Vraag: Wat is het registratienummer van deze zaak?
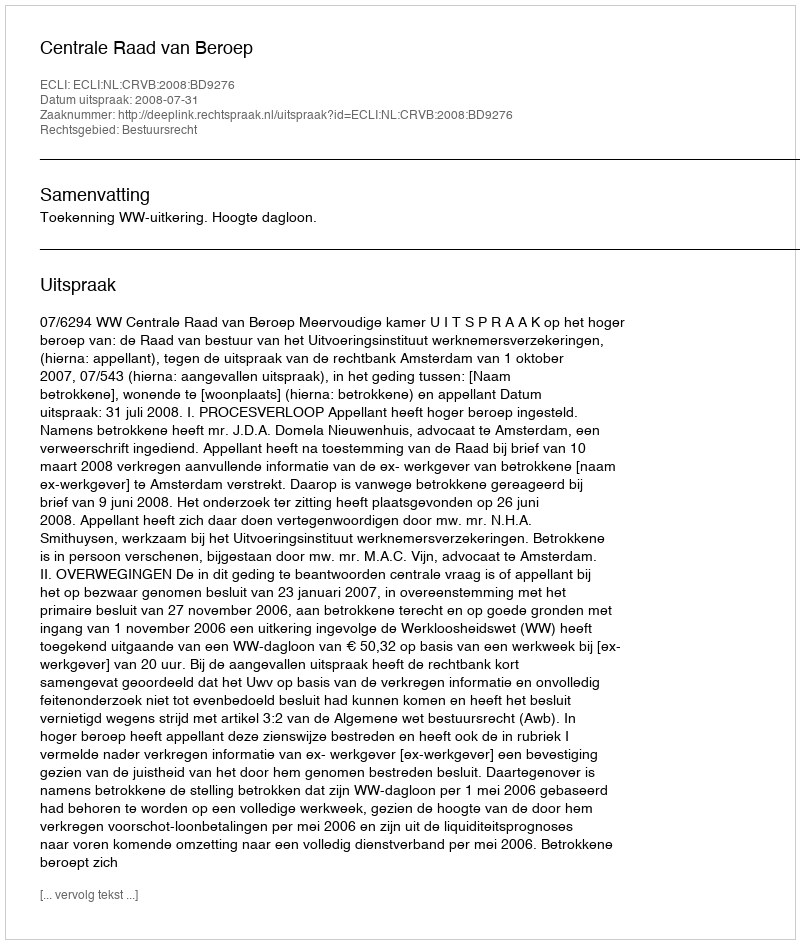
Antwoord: http://deeplink.rechtspraak.nl/uitspraak?id=ECLI:NL:CRVB:2008:BD9276